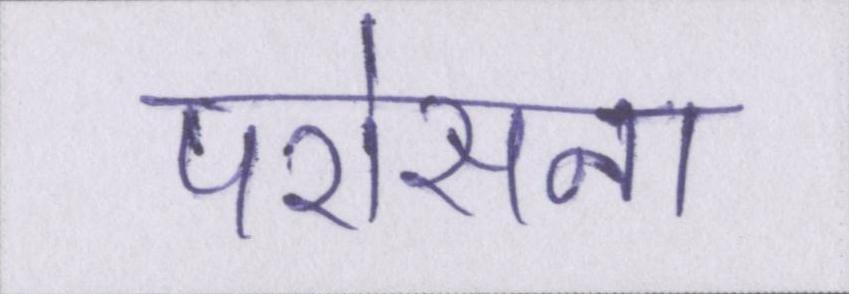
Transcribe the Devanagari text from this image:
परोसना